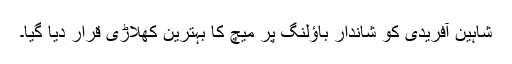
شاہین آفریدی کو شاندار باؤلنگ پر میچ کا بہترین کھلاڑی قرار دیا گیا۔